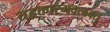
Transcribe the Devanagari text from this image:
तद्वक्तारमवत्ववतु